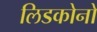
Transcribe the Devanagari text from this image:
लिडकोनो